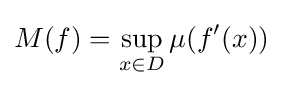
\displaystyle M(f)=\sup _{x\in D}\mu (f'(x))